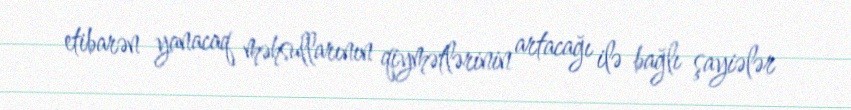
etibarən yanacaq məhsullarının qiymətlərinin artacağı ilə bağlı şayiələr